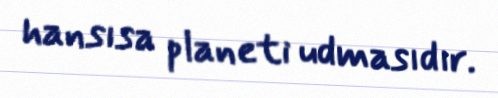
hansısa planeti udmasıdır.